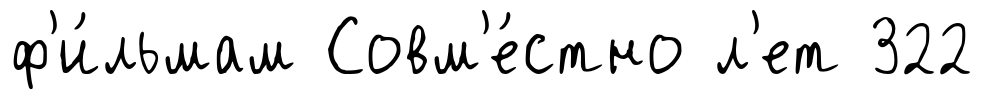
ф'и́льмам Совм'е́стно л'ет 322